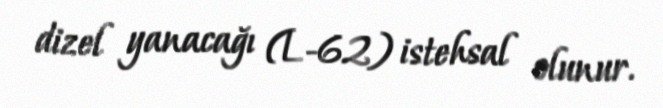
dizel yanacağı (L-62) istehsal olunur.